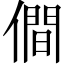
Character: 僴